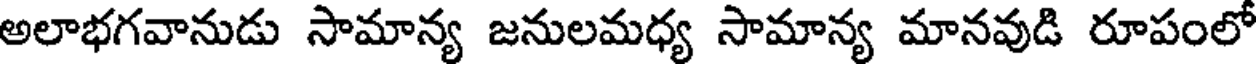
అలాభగవానుడు సామాన్య జనులమధ్య సామాన్య మానవుడి రూపంలో